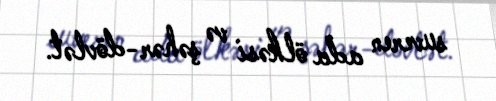
suveren ada ölkəsi və şəhər-dövlət.